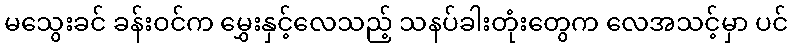
မသွေးခင် ခန်းဝင်က မွှေးနှင့်လေသည့် သနပ်ခါးတုံးတွေက လေအသင့်မှာ ပင်